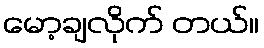
မော့ချလိုက် တယ်။